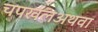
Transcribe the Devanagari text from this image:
चपखलअथवा